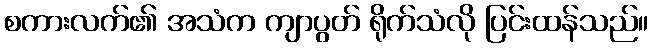
စကားလက်၏ အသံက ကျာပွတ် ရိုက်သံလို ပြင်းထန်သည်။